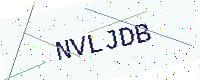
Text: NVLJDB